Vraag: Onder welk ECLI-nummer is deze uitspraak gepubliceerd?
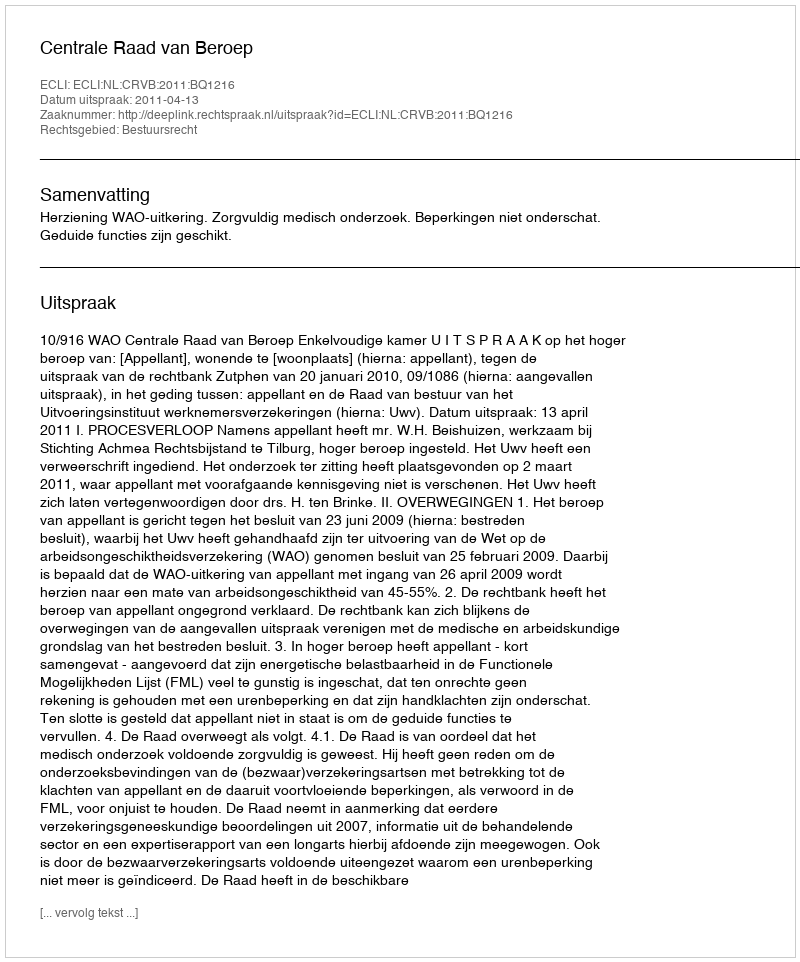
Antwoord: ECLI:NL:CRVB:2011:BQ1216